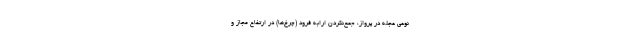
نوعی عجله در پرواز، جمع‌نکردن ارابه فرود (چرخ‌ها) در ارتفاع مجاز و